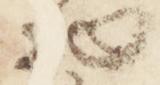
物